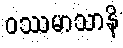
ဝဿမာသာနိ